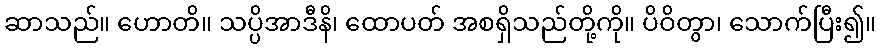
ဆာသည်။ ဟောတိ။ သပ္ပိအာဒီနိ၊ ထောပတ် အစရှိသည်တို့ကို။ ပိဝိတွာ၊ သောက်ပြီး၍။